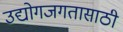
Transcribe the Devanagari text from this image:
उद्योगजगतासाठी